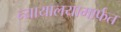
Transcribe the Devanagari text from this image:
न्यायालयामार्फत